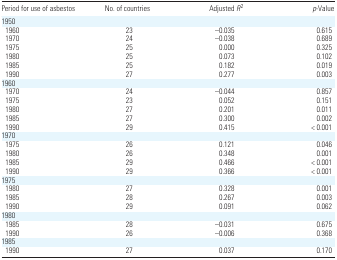
<table><thead><tr><td><b>Period for use of asbestos</b></td><td><b>No. of countries</b></td><td><b>Adjusted <i>R</i><sup>2</sup></b></td><td><b><i>p</i>-Value</b></td></tr></thead><tbody><tr><td colspan="4">1950</td></tr><tr><td>1960</td><td>23</td><td>−0.035</td><td>0.615</td></tr><tr><td>1970</td><td>24</td><td>−0.038</td><td>0.689</td></tr><tr><td>1975</td><td>25</td><td>0.000</td><td>0.325</td></tr><tr><td>1980</td><td>25</td><td>0.073</td><td>0.102</td></tr><tr><td>1985</td><td>25</td><td>0.182</td><td>0.019</td></tr><tr><td>1990</td><td>27</td><td>0.277</td><td>0.003</td></tr><tr><td colspan="4">1960</td></tr><tr><td>1970</td><td>24</td><td>−0.044</td><td>0.857</td></tr><tr><td>1975</td><td>23</td><td>0.052</td><td>0.151</td></tr><tr><td>1980</td><td>27</td><td>0.201</td><td>0.011</td></tr><tr><td>1985</td><td>27</td><td>0.300</td><td>0.002</td></tr><tr><td>1990</td><td>29</td><td>0.415</td><td>&lt; 0.001</td></tr><tr><td colspan="4">1970</td></tr><tr><td>1975</td><td>26</td><td>0.121</td><td>0.046</td></tr><tr><td>1980</td><td>26</td><td>0.348</td><td>0.001</td></tr><tr><td>1985</td><td>29</td><td>0.466</td><td>&lt; 0.001</td></tr><tr><td>1990</td><td>29</td><td>0.366</td><td>&lt; 0.001</td></tr><tr><td colspan="4">1975</td></tr><tr><td>1980</td><td>27</td><td>0.328</td><td>0.001</td></tr><tr><td>1985</td><td>28</td><td>0.267</td><td>0.003</td></tr><tr><td>1990</td><td>29</td><td>0.091</td><td>0.062</td></tr><tr><td colspan="4">1980</td></tr><tr><td>1985</td><td>28</td><td>−0.031</td><td>0.675</td></tr><tr><td>1990</td><td>26</td><td>−0.006</td><td>0.368</td></tr><tr><td colspan="4">1985</td></tr><tr><td>1990</td><td>27</td><td>0.037</td><td>0.170</td></tr></tbody></table>